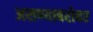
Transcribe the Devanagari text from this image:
असण्याबरोबर